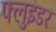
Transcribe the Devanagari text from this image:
फ्लुइडर